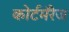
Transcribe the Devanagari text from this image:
कोर्टमॅरेज